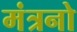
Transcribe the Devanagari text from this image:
मंत्रनो